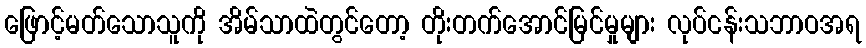
ဖြောင့်မတ်သောသူကို အိမ်သာထဲတွင်တော့ တိုးတက်အောင်မြင်မှုများ လုပ်ငန်းသဘာဝအရ